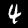
Digit: 4